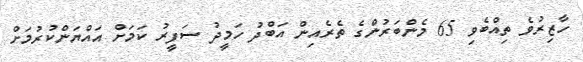
ހާޒިރުވެ ތިއްބެވި 65 މެންބަރުންގެ ތެރެއިން އަބްދު ހަމީދު ސަފީރު ކަމަށް އައްޔަންކުރުމަށް